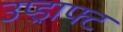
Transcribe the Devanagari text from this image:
उप्ड्राफ्ट